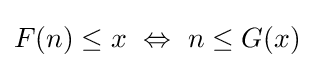
F(n)\leq x~\Leftrightarrow ~n\leq G(x)